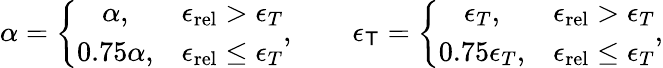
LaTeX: \alpha=\left\{ \begin{array}{cc}{\alpha,}&{{\epsilon_{\mathrm{rel}}}>\epsilon_{T}}\\ {0.75\alpha,}&{{\epsilon_{\mathrm{rel}}}\leq\epsilon_{T}}\end{array}\right.,\qquad\epsilon_{\mathsf{T}}=\left\{ \begin{array}{cc}{\epsilon_{T},}&{{\epsilon_{\mathrm{rel}}}>\epsilon_{T}}\\ {0.75\epsilon_{T},}&{{\epsilon_{\mathrm{rel}}}\leq\epsilon_{T}}\end{array}\right.,